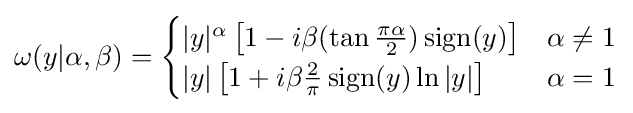
\omega (y|\alpha ,\beta )={\begin{cases}|y|^{\alpha }\left[1-i\beta (\tan {\frac {\pi \alpha }{2}})\operatorname {sign} (y)\right]&\alpha \neq 1\\|y|\left[1+i\beta {\tfrac {2}{\pi }}\operatorname {sign} (y)\ln |y|\right]&\alpha =1\end{cases}}